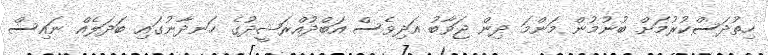
ހިތުދަސްކުރުމަށް ބުނުމުން މަންމަ ދިން ޖަވާބު އަދިވެސް އަބްދުއްރަޝީދުގެ ހަނދާނުގައި ބަދަލެއް ނައިސް